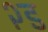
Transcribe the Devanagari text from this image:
२ड